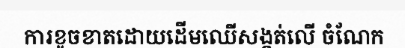
ការខូចខាតដោយដើមឈើសង្កត់លើ ចំណែក